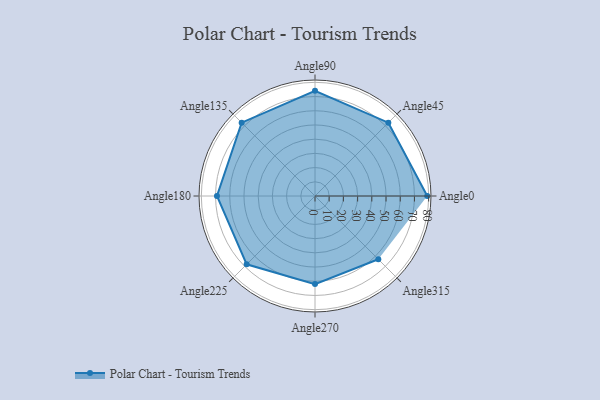
{"axis": {"x": "Angle", "y": "Radius"}, "legend": [""], "data": [{"x": "Angle0", "y": 79.0, "type": ""}, {"x": "Angle45", "y": 73.0, "type": ""}, {"x": "Angle90", "y": 74.0, "type": ""}, {"x": "Angle135", "y": 73.0, "type": ""}, {"x": "Angle180", "y": 69.0, "type": ""}, {"x": "Angle225", "y": 68.0, "type": ""}, {"x": "Angle270", "y": 62.0, "type": ""}, {"x": "Angle315", "y": 63.0, "type": ""}]}